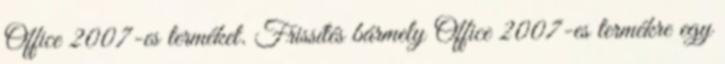
Office 2007-es terméket. Frissítés bármely Office 2007-es termékre egy